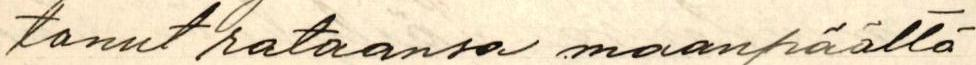
tanut rataansa maanpäältä